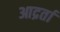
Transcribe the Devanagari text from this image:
आद्रर्ता